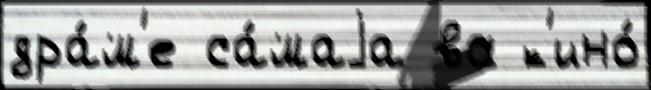
дра́м'е са́маjа во к'ино́